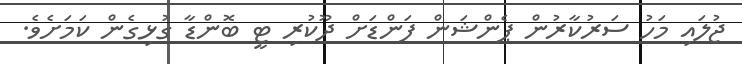
ޖުލައި މަހު ސަރުކާރުން ޕެންޝަން ފަންޑަށް ދޫކުރި ޓީ ބޮންޑާ ގުޅިގެން ކަމަށެވެ.